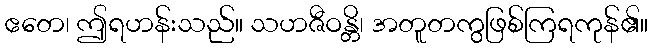
ဧတေ၊ ဤရဟန်းသည်။ သဟဇီဝန္တိ၊ အတူတကွဖြစ်ကြရကုန်၏။